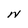
Character: N